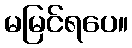
မမြင်ရပေ။